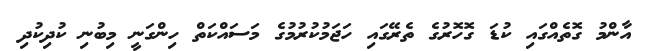
އާންމު ގޮތެއްގައި ކުޑަ ގޮހޮރުގެ ތެރޭގައި ހަޖަމުކުރުމުގެ މަސައްކަތް ހިންގަނީ މިބުނި ކުދިކުދި